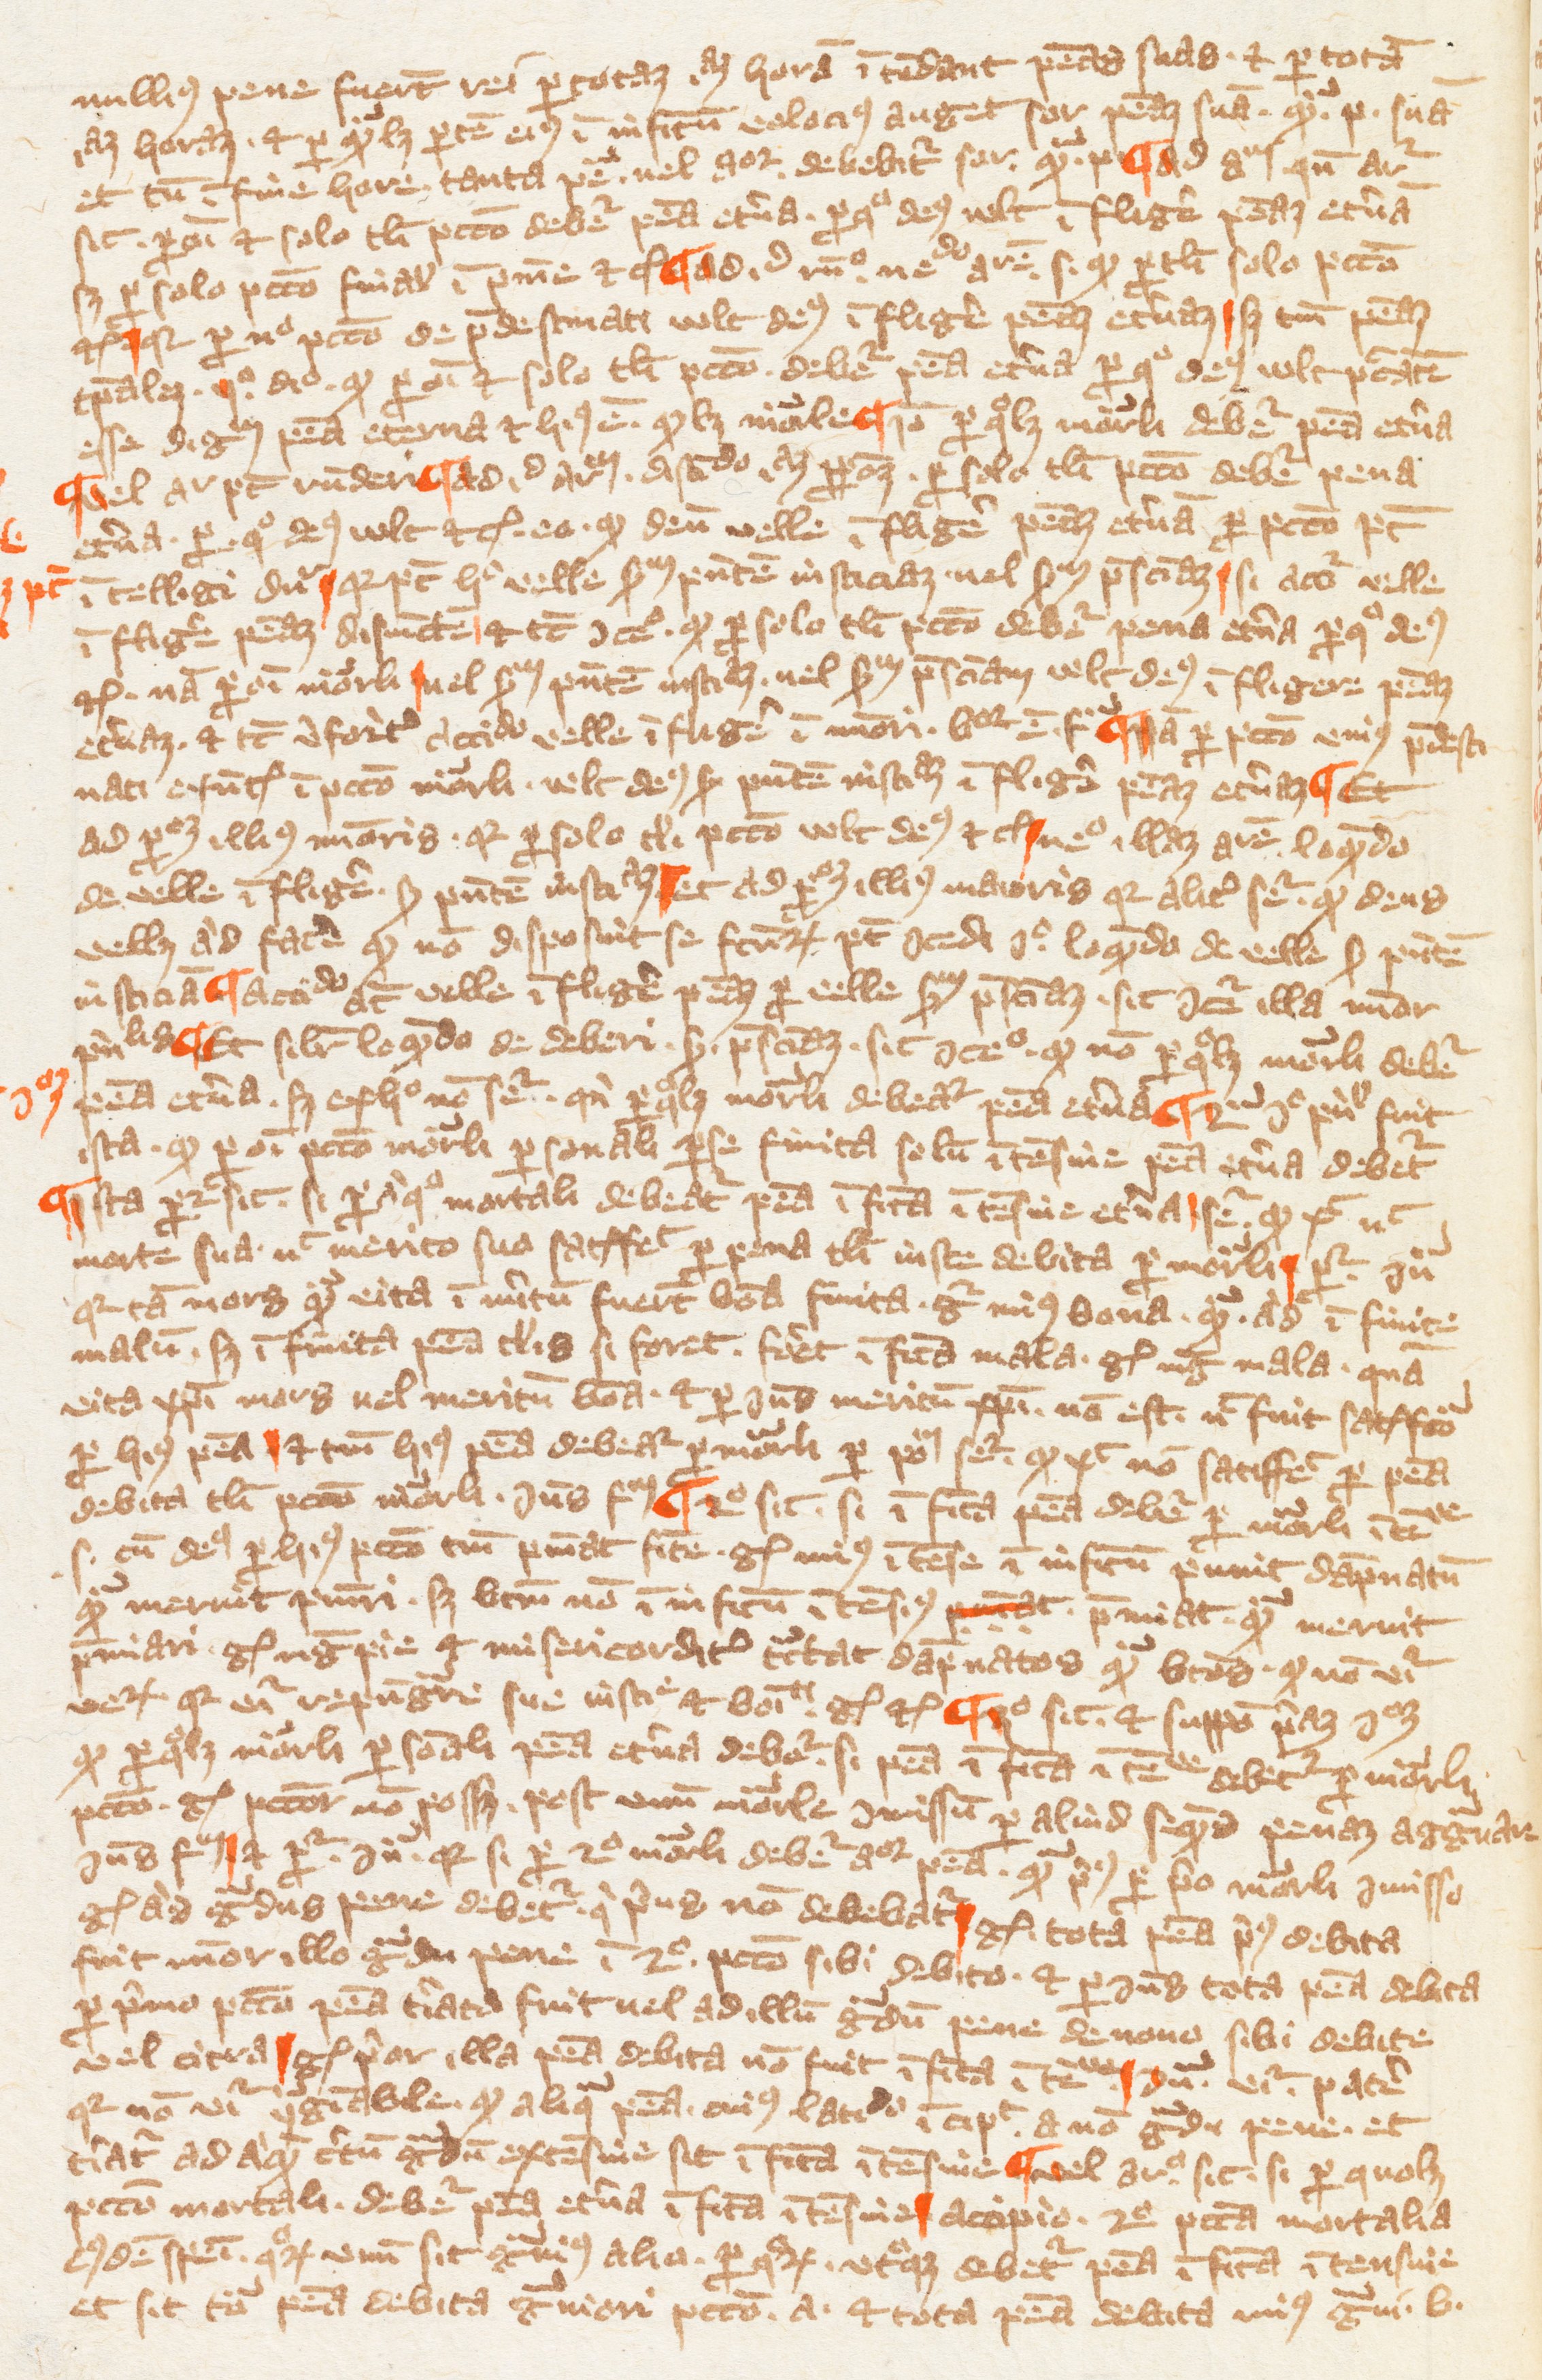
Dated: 1349–1364